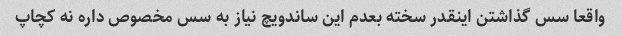
واقعا سس گذاشتن اینقدر سخته بعدم این ساندویچ نیاز به سس مخصوص داره نه کچاپ